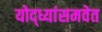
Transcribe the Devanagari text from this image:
योद्ध्यांसमवेत